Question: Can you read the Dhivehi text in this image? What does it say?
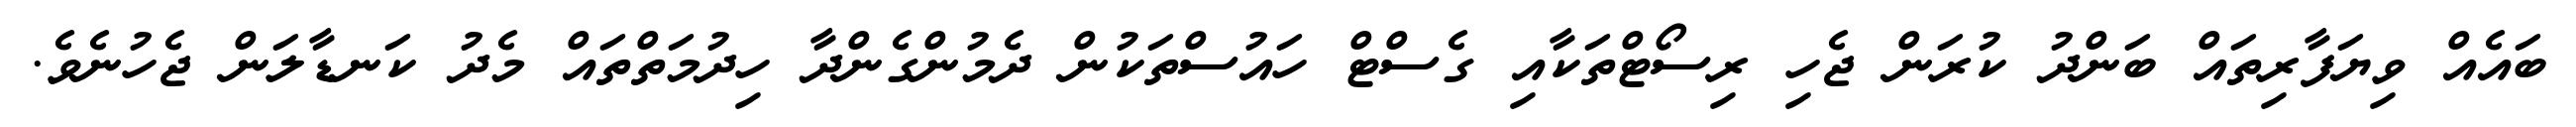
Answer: ބައެއް ވިޔަފާރިތައް ބަންދު ކުރަން ޖެހި ރިސޯޓްތަކާއި ގެސްޓް ހައުސްތަކުން ދެމުންގެންދާ ހިދުމަތްތައް މެދު ކަނޑާލަން ޖެހުނެވެ.